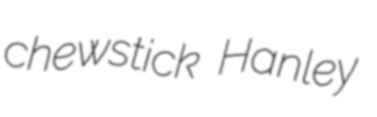
chewstick Hanley